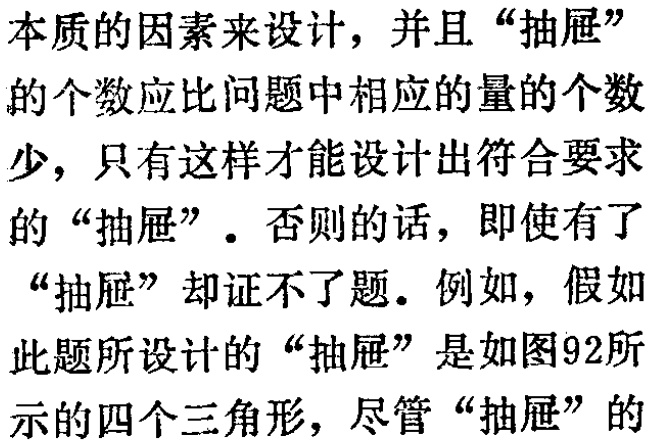
本质的因素来设计，并且“抽屉”

的个数应比问题中相应的量的个数

少，只有这样才能设计出符合要求

的“抽屉”。否则的话，即使有了

“抽屉”却证不了题。例如，假如

此题所设计的“抽屉”是如图92所

示的四个三角形，尽管“抽屉”的